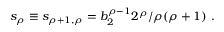
s _ { \rho } \equiv s _ { \rho + 1 , \rho } = b _ { 2 } ^ { \rho - 1 } 2 ^ { \rho } / \rho ( \rho + 1 ) \ .